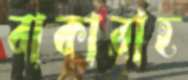
বাকারাহ